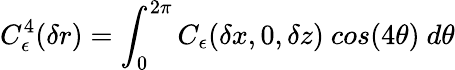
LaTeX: C_{\epsilon}^{4}(\delta r)=\int_{0}^{2\pi}C_{\epsilon}(\delta x,0,\delta z)~cos(4\theta)~d\theta